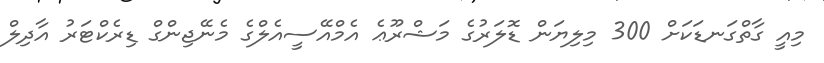
މިއީ ގާތްގަނޑަކަށް 300 މިލިޔަން ޑޮލަރުގެ މަޝްރޫޢެ އެމްއޭސީއެލްގެ މެނޭޖިންގް ޑިރެކްޓަރު އާދިލް